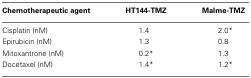
| Chemotherapeutic agent | HT144-TMZ | Malme-TMZ |
 | --- | --- | --- |
 | Cisplatin (nM) | 1.4 | 2.0* |
 | Epirubicin (nM) | 1.3 | 0.8 |
 | Mitoxantrone (nM) | 0.2* | 1.3 |
 | Docetaxel (nM) | 1.4* | 1.2* |